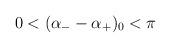
LaTeX: \begin{align*} 0 < (\alpha_- - \alpha_+)_0 < \pi \,\end{align*}